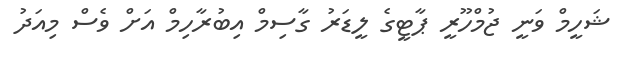
ޝަހީމް ވަނީ ޖުމްހޫރީ ޕާޓީގެ ލީޑަރު ގާސިމް އިބުރާހިމް އަށް ވެސް މިއަދު